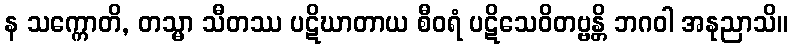
န သက္ကောတိ, တသ္မာ သီတဿ ပဋိဃာတာယ စီဝရံ ပဋိသေဝိတဗ္ဗန္တိ ဘဂဝါ အနုညာသိ။